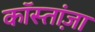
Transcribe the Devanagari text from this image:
कॉस्तांज़ा